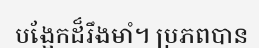
បង្អែកដ៏រឹងមាំ។ ប្រភពបាន